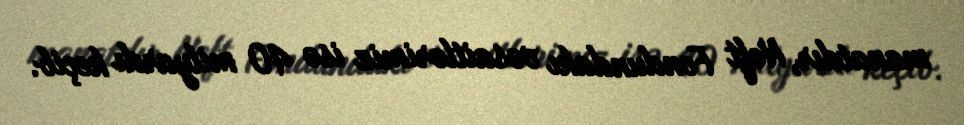
manatdır, Neft Fondundakı vəsaitlərimiz isə 40 milyardı keçib.